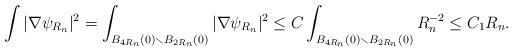
LaTeX: \begin{align*}\int |\nabla \psi_{R_{n}}|^{2} = \int_{B_{4R_{n}}(0) \smallsetminus B_{2R_{n}}(0)} |\nabla \psi_{R_{n}}|^{2} \leq C \int_{B_{4R_{n}}(0) \smallsetminus B_{2R_{n}}(0)} R_{n}^{-2} \leq C_{1} R_{n}. \end{align*}